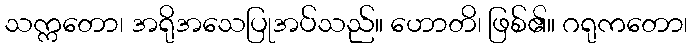
သက္ကတော၊ အရိုအသေပြုအပ်သည်။ ဟောတိ၊ ဖြစ်၏။ ဂရုကတော၊